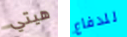
هيتي للدفاع